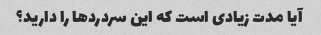
آیا مدت زیادی است که این سردردها را دارید؟